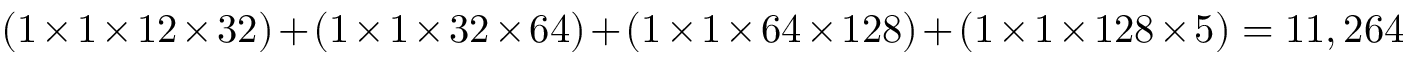
( 1 \times 1 \times 1 2 \times 3 2 ) + ( 1 \times 1 \times 3 2 \times 6 4 ) + ( 1 \times 1 \times 6 4 \times 1 2 8 ) + ( 1 \times 1 \times 1 2 8 \times 5 ) = 1 1 , 2 6 4